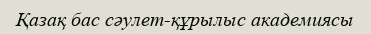
Қазақ бас сәулет-құрылыс академиясы